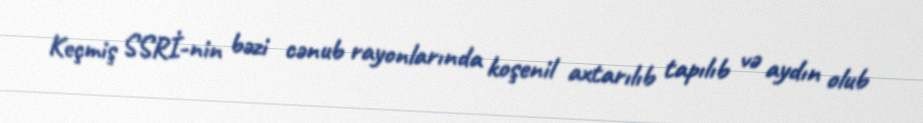
Keçmiş SSRİ-nin bəzi cənub rayonlarında koşenil axtarılıb tapılıb və aydın olub